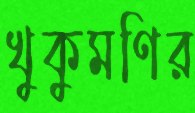
খুকুমণির